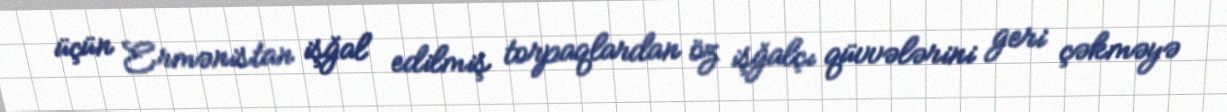
üçün Ermənistan işğal edilmiş torpaqlardan öz işğalçı qüvvələrini geri çəkməyə